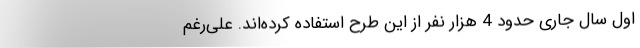
اول سال جاری حدود 4 هزار نفر از این طرح استفاده کرده‌اند. علی‌رغم